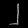
Digit: ၂